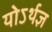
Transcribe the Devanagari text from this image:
योऽर्थज्ञ